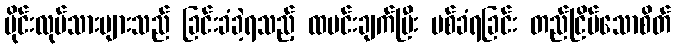
မိုင်းလုပ်သားများသည် ခြင်းခံခဲ့ရသည့် ထမင်းချက်ပြီး ပစ်ခံရခြင်း တည်ငြိမ်သောစိတ်